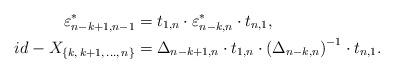
LaTeX: \begin{align*}{\varepsilon^*_{n-k+1,n-1}} &= t_{1,n}\cdot {\varepsilon^*_{n-k,n}}\cdot t_{n,1},\\id - X_{\{k,\,k+1,\,\dots ,\,n\}} &= \Delta_{n-k+1,n}\cdot t_{1,n}\cdot \left(\Delta_{n-k,n}\right)^{-1}\cdot t_{n,1}. \end{align*}